Vital statistics of India. Vol. V, Reports of 1876 on armies & jails and on epidemic cholera
Year: 1876
Disease focus: Cholera
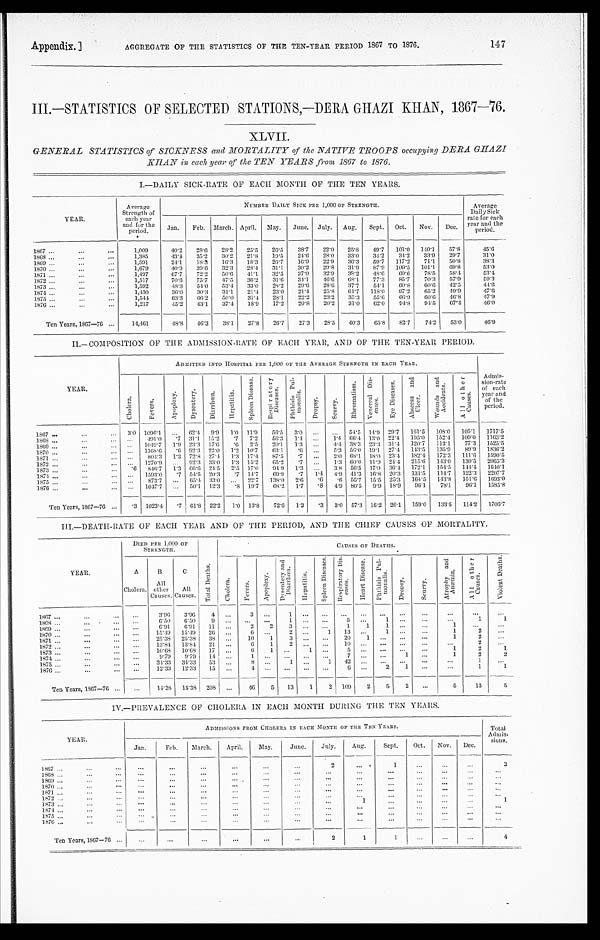
Appendix.] AGGREGATE OF THE STATISTICS OF THE TEN-YEAR PERIOD 1867 TO 1876. 147
III.—STATISTICS OF SELECTED STATIONS,—DERA GHAAZI KHAN, 1867—76.
XLVII.
GENERAL STATISTICS of SICKNESS awl MORTALITY of the NATIVE TROOPS occupying DERA GHAZI
KHAN in each year of the TEN YEARS fione 1867 to 1876.
I.—DAILY SICK-RATE OF EACH MONTH OF THE TEN YEARS.
YEAR.
Average
Strength of
each year
and for the
period.
NUMBER DAILY SICK PER 1,000 OF STRENGTH.
Average
Daily Sick
rate for each
year and the
period.
Jan.
Feb. March. April. May.
June. July. Aug.
Sept. Oct.
Nov.
Dec.
1867 . . .
1,009
40.2
28.6
28.2
25.5
26.5
38.7
22.0
25.8
49.7
101.0 140.1
57.8
45.6
1868 . . .
1,385
43.4.
35.2
30.2
21.8
19.5
24.6
28.0
33.0
34.2
34.2
33.9
29.7
31.0
1869 . . .
1,591
24.1
18.3
16.3
18.3
26.7
16.9
22.9
36.3
59.7 117.2
71.1
50.8
38.3
1870 . . .
1, 679
40.9
39.6
32.3
28.4
31.1
30.2
29.8
31.9
87.9
109.5
101.1
69.8
5 3 . 0
1871 . . .
1,497
67.7
72.2
50.6
41.1
32.5
37.0
32.9
38.2
48.6
69.6
78.5
58.4
5 3 . 4
1872 . . .
1,517
70.6
75.7
47.5
36.2
31.6
34.1
46.6
68.1
77.3
85.7
70.3
57.9
5 9 . 3
1873 . . .
1,592
48.3
54.0
53.4
33.0
28.2
29.6
28.6
37.7
54.1
60.8
60.6
42.5
4 4 . 6
1874 . . .
1, 430
36.0
30.3
31.1
21.4
23.0
21.4
25.8
61.7
118.0
97.2
65.2
49.9
4 7 . 6
1875 . . .
1,544
63.3
66.2
50.0
31.4
28.1
22.2
23.2
35.3
55.6
66.9
60.6
46.8
47.9
1876 . . .
1,217
45.2
43.1
37.4
18.9
17.2
20.8
20.2
31.0 62.0
94.8
94.5
67.4
46.0
Ten Years, 1867—76 . . .
14,461
48.8
46.3
38.1
27.8
26.7
27.3
28.5
40.3
65.8
82.7
74.2
53.0
46.9
II.—COMPOSITION OF THE ADMISSION-RATE OF EACH YEAR, AND OF THE TEN-YEAR PERIOD.
YEAR.
ADMITTED INTO HOSPITAL PER 1,000 ON THE AVERAGE STRENGTH IN EACH YEAR.
Admis
-
sion-rate
of each
year and
of the period.
Chol er a.
Fever s.
Ap o p l e x y .
Dys e nt e r y.
Di a r hœa .
He p a t i t i s .
S p l e e n Di s e a s e .
R e s p i r a t o r y D i s e a s e s .
Ph t h i s i s p u l - mo n a l i s .
Dr opsy.
Sc u r v y .
R h e u m a t i s m .
V e n e r e a l D i s - e a s e s .
E y e D i s e a s e s .
A b s c e s s a n d U l c e r .
W o u n d s a n d A c c i d e n t s .
A l l o t h e r C a u s e s .
1867 . . .
3.0 1096.1
. . .
62.4 9.9
1.0 11.9
56.5
3.0
. . .
. . .
54.5 14.9 29.7
161.5
108.0
105.1
1717.5
1868 . . .
. . .
491.0
.7 31.1 15.2
.7 7.2
56.3
1.4
. . .
1.4 66.4 13.0 22.4 195.0
152.4 109.0 1163.2
1869 . . .
. . . 1049.7
1.9 23.3 17.6
. 6 2.5
20.1
1.3
. . .
4.4 38.3 23.3 31.4 120.7
113.1
7 7 . 3 1525.5
1 8 7 0 . . .
. . . 1168.6
.6 92.3 22.0 1.2 10.7
63.1
. 6
. . .
5.3 56.0 19.1 27.4 143.5
135.9
89.9 1836.2
1 8 7 1 . . .
. . .
804.3 1.3 72.8 27.4
1.3 17.4
87.5
.7
. . .
2.0 68.1 18.0 23.4 182.4
172.3
111.6 1590.5
1 8 7 2 . . .
. . .
1270.9
. . . 92.3 33.0
1.3 15.2
65.2
.7
. . .
1.3
6 0 . 0 11.9 24.4 215.6 143.0
130.5 2065.3
1873 . . .
.6 846.7
1.3
6 6 . 6 24.5 2.5 17.0
94.9
1.3
. . .
3.8 56.5 17.0 36.4 172.1
154.5
144.4 1640.1
1 8 7 4 . . .
. . .
1593.0
.7 54.5 20.3
.7 14.7
69.9
.7
1.4 4.9 41.3 16..8 20.3 131.5
114.7
122.3
2207.7
1875 . . .
. . .
873.7
. . . 65.4 33.0
. . . 22.7 138.0 2.6
. 6 .6 55.7 15.5 25.3 164.5
143.8
151.6 1693.0
1876 . . .
. . .
1047.7
. . . 50.1 12.3
.8 19.7
68.2 1.7
.8 4.9 80.5
9.9 18.9
96.1
78.1
96.1
1585.8
Ten Years, 1867—76 . . .
.3 1023.4
.7 61.8 22.2
1.0 13.8
72.6
1.3
.3 3.0 57.3 16.2 26.1 159.0
133.5
114.2 1706.7
III.—DEATH-RATE OF EACH YEAR AND OF THE PERIOD, AND THE CHIEF CAUSES OF MORTALITY.
YEAR.
DIED PER 1,000 OF
STRENGTH.
T o t a l D e a t h s .
CAUSES OF DEATHS.
A
Cholera.
B
All
other
Causes.
C
All
Causes.
C h o l e r a .
F e v e r s .
A p o p l e x y .
D y s e n t e r y a n d D i a r r h œ a .
H e p a t i t i s .
S p l e e n D i s e a s e s .
R e s p i r a t o r y D i s - e a s e s .
H e a r t D i s e a s e .
P h t h i s i s P u l - m o n a l i s .
D r o p s y .
S c u r v y .
A t r o p h y a n d A n æ m i a .
A l l o t h e r C a u s e s .
V i o l e n t D e a t h s .
1867 . . .
. . .
3.96
3.96
4
. . .
3
. . .
1 . . .
. . .
. . .
. . .
. . .
. . .
. . .
. . .
. . .
. . .
1868 . . .
. . . 6.50
6.50
9
. . .
. . .
. . .
1 . . .
. . .
5
. . .
1
. . .
. . .
. . .
1
1
1869 . . .
. . . 6.91
6.91
11
. . .
2
2
3 . . .
. . .
1
1
1
. . .
. . .
1
. . .
. . .
1870 . . .
. . . 15.49 15.49
26
. . .
6
. . .
2 . . .
1
13
. . .
1
. . .
. . .
1
2
. . .
1 8 7 1 . . .
. . . 25.38 25.38
38
. . .
10
1
3 . . .
. . . 20 1
. . .
. . . . . .
1
2
. . .
1872 . . .
. . . 13.84 13.84
21
. . .
6
1
2 . . .
. . .
1 0
. . .
. . .
. . .
. . .
. . .
2
. . .
1873 . . .
. . . 10.68 10.68
17
. . .
6
1
. . .
1
. . .
5 . . .
. . .
. . .
. . .
1
2
1
1 8 7 4 . . .
. . . 9.79
9.79
14
. . .
1
. . .
. . .
. . . . . .
7 . . .
. . .
1
. . .
1
2
2
1875 . . .
. . . 34.33 34.33
53 . . .
8 . . .
1
. . .
1
42 . . .
. . .
. . .
. . .
. . .
1
. . .
1876 . . .
. . . 12.33 12.33
15 . . .
4
. . . . . .
. . .
. . .
6 . . .
2
1
. . .
. . .
1
1
Ten Years, 1867—76 . . .
. . .
14.38 14.38 208 . . .
46
5
13
1
2 109 2
5
2
. . .
5
13
5
IV.—PREVALENCE OF CHOLERA IN EACH MONTH DURING THE TEN YEARS.
YEAR.
ADMISSIONS FROM CHOLERA IN EACH MONTH OF TEN YEARS.
Total
Admis
-
sions.
Jan.
Feb.
March.
April.
May.
June.
July.
Aug.
Sept.
Oct.
Nov.
Dec.
1867 . . .
. . .
. . .
. . .
. . .
. . .
. . .
2
. . .
1
. . .
. . .
. . .
3
1868 . . .
. . .
. . .
. . .
. . .
. . .
. . .
. . .
. . .
. . .
. . .
. . .
. . .
. . .
1869 . . .
. . .
. . .
. . .
. . .
. . .
. . .
. . .
. . .
. . .
. . .
. . .
. . .
. . .
1870 . . .
. . .
. . .
. . .
. . .
. . .
. . .
. . .
. . .
. . .
. . .
. . .
. . .
. . .
1871 . . .
. . .
. . .
. . .
. . .
. . .
. . .
. . .
. . .
. . .
. . .
. . .
. . .
. . .
1872 . . .
. . .
. . .
. . .
. . .
. . .
. . .
. . . . . .
. . .
. . .
. . .
. . .
. . .
1873 . . .
. . .
. . .
. . .
. . .
. . .
. . .
. . .
1
. . .
. . .
. . .
. . .
1
1874 . . .
. . .
. . .
. . .
. . .
. . .
. . .
. . .
. . .
. . .
. . .
. . .
. . .
. . .
1875 . . .
. . .
. . .
. . .
. . .
. . .
. . .
. . .
. . .
. . .
. . .
. . .
. . .
. . .
1876 . . .
. . .
. . .
. . .
. . .
. . .
. . .
. . . . . .
. . .
. . .
. . .
. . .
. . .
Ten Years, 1867—76 . . .
. . .
. . .
. . .
. . .
. . .
. . .
2
1
1
. . .
. . .
. . .
4